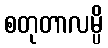
စတုတာလမ္ပိ